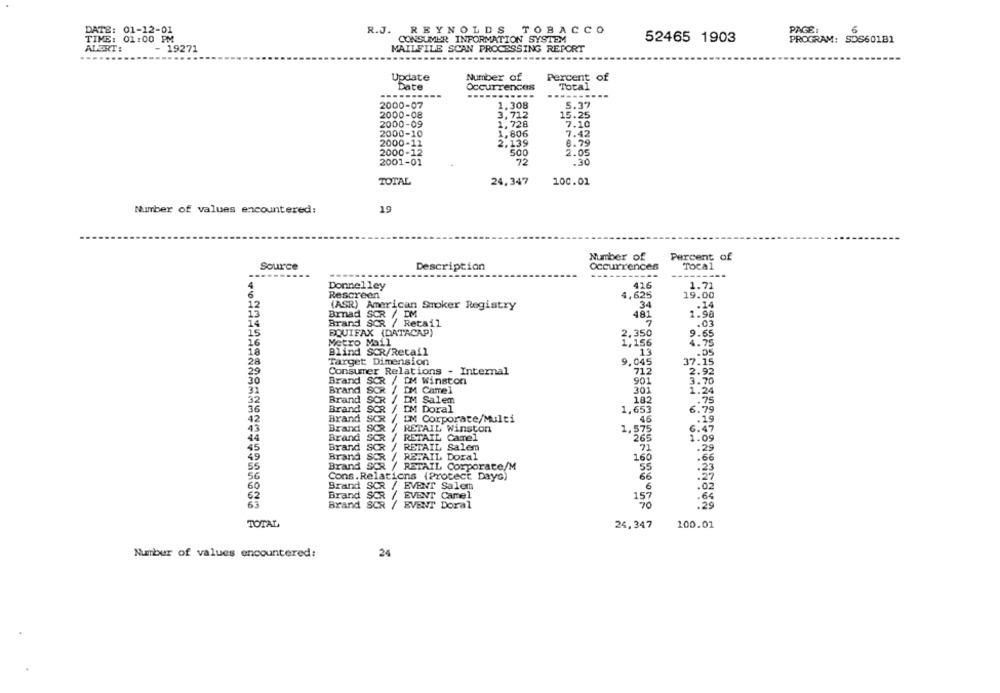
R.J. REYNOLDS TOBACCO
PAGE:
6
DATE: 01-12-01
TIME: 01:00 PM
CONSUMER INFORMATION SYSTEM
52465 1903
PROGRAM: SDS60181
ALERT:
- 19271
MAILFILE SCAN PROCESSING REPORT
Number of
Percent of
Update
Date
Occurrences
Total
---
2000-07
1.308
5.37
2000-08
3,712
15.25
2000-09
1,728
7.10
2000-10
1,806
7.42
2000-12
2.139
8.79
2000-12
5.00
2.05
2001-01
72
.30
TOTAL
24,347
100.01
19
Number of values encountered;
Number of
Percent of
Source
Description
Occurrences
Tocal
-------
4
416
Donnelley
1.71
6
Rescreen
4.625
19.00
12
(ASR) American Smoker Registry
34
.14
13
Brad SCR / DM
481
1.98
14
Brand SCR / Retail
15
EQUIFAX (DATACAP)
2.350
9.65
16
Metro Mail
1.156
4.75
18
Blind SCR/Retail
13
.05
28
Target Dimension
9,045
37.15
29
Consumer Relations - Internal
712
2.92
30
Brand SCR / IM Winston
901
Brand SCR / DM Camel
301
1.24
Brand SCR / DM Salen
182
36
Brand SCR / DM Doral
1.653
6.79
.75
42
Brand SCR / DM Corporate/Multi
.19
13
Brand
SCR / RETAIL Winston
1,575
6.49
44
Brand SOR / RETAIL Camel
265
1.09
45
Brand
SCR / RETAIL Salem
71
.25
49
Brand SCR / RETAIL Doral
160
.66
55
Brand SCR / RETAIL Corporate/M
55
56
Cons. Relations (Protect Days)
66
Brand SCR / EVENT Salem
60
6
62
Brand SCR / EVENT Camel
157
.64
63
Brand SCR / EVENT Doral
.29
TOTAL
24,347
100.01
Number of values encountered:
24